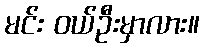
မင်း ဝယ်ဦးမှာလား။